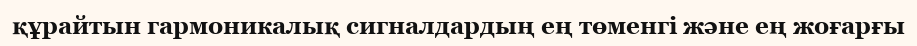
құрайтын гармоникалық сигналдардың ең төменгі және ең жоғарғы